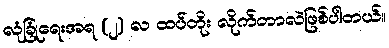
လုံခြုံရေးအရ (၂) လ ထပ်တိုး လိုက်တာလဲဖြစ်ပါတယ်။